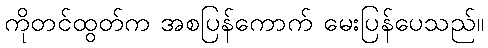
ကိုတင်ထွတ်က အစပြန်ကောက် မေးပြန်ပေသည်။